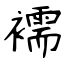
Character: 襦